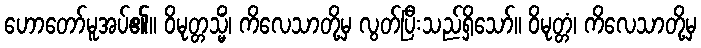
ဟောတော်မူအပ်၏။ ဝိမုတ္တသ္မိံ၊ ကိလေသာတို့မှ လွတ်ပြီးသည်ရှိသော်။ ဝိမုတ္တံ၊ ကိလေသာတို့မှ